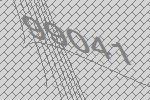
99041